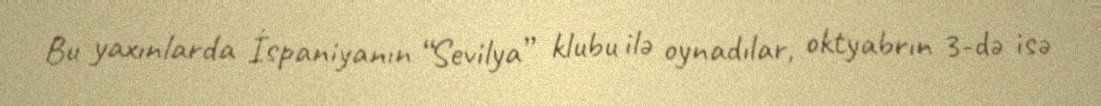
Bu yaxınlarda İspaniyanın “Sevilya” klubu ilə oynadılar, oktyabrın 3-də isə